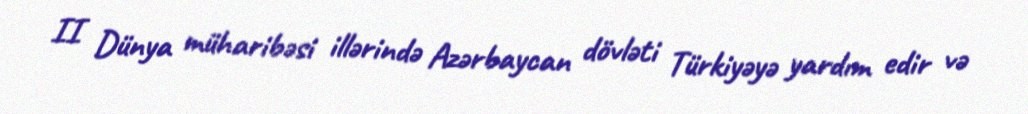
II Dünya müharibəsi illərində Azərbaycan dövləti Türkiyəyə yardım edir və